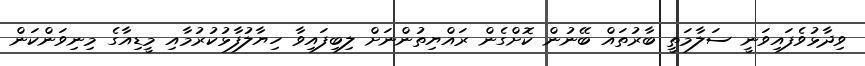
ވިދާޅުވެފައިވަނީ ސަލާމަތީ ބާރުތައް ބޭނުން ކޮށްގެން ރައްޔިތުންނަށް ލިބިފައިވާ ހިޔާލުފާޅުކުރުމާއި މީޑިއާގެ މިނިވަންކަން